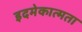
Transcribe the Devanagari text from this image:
इदमेकात्मता